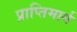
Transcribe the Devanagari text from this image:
प्राप्तिमार्ग